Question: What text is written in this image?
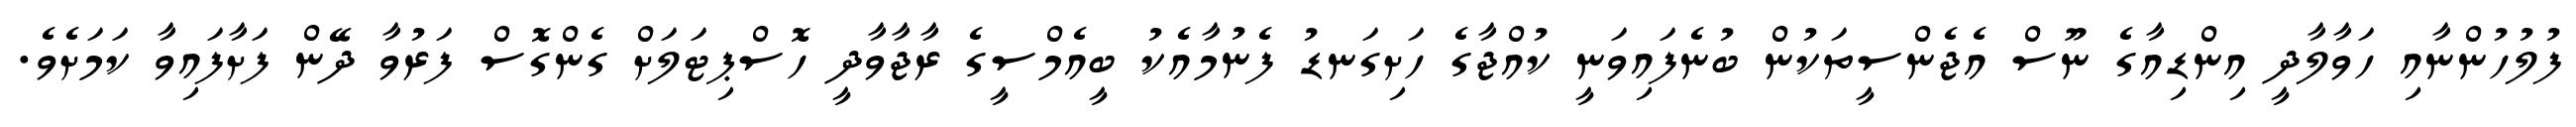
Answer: ފުލުހުންނާއި ހަވާލާދީ އިންޑިއާގެ ނޫސް އެޖެންސީތަކުން ބުނެފައިވަނީ ކުއްޖާގެ ހަށިގަނޑު ފެނުމާއެކު ބީއެމްސީގެ ރާޖާވާދީ ހޮސްޕިޓަލަށް ގެންގޮސް ފަރުވާ ދޭން ފަށާފައިވާ ކަމަށެވެ.